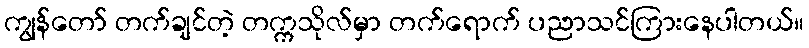
ကျွန်တော် တက်ချင်တဲ့ တက္ကသိုလ်မှာ တက်ရောက် ပညာသင်ကြားနေပါတယ်။